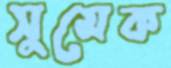
সুমেক